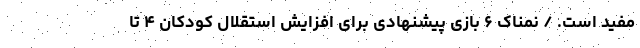
مفید است. / نمناک ۶ بازی پیشنهادی برای افزایش استقلال کودکان ۴ تا